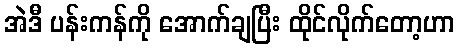
အဲဒီ ပန်းကန်ကို အောက်ချပြီး ထိုင်လိုက်တော့ဟာ